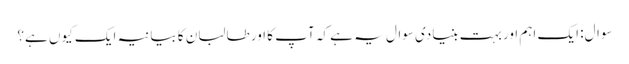
سوال: ایک اہم اور بہت بنیادی سوال یہ ہے کہ آپ کا اور طالبان کا بیانیہ ایک کیوں ہے؟